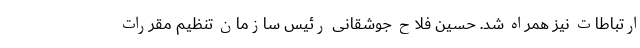
ارتباطات نیز همراه شد. حسین فلاح جوشقانی رئیس سازمان تنظیم مقررات